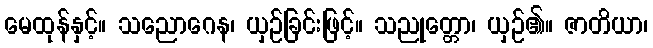
မေထုန်နှင့်။ သညောဂေန၊ ယှဉ်ခြင်းဖြင့်။ သညုတ္တော၊ ယှဉ်၏။ ဇာတိယာ၊